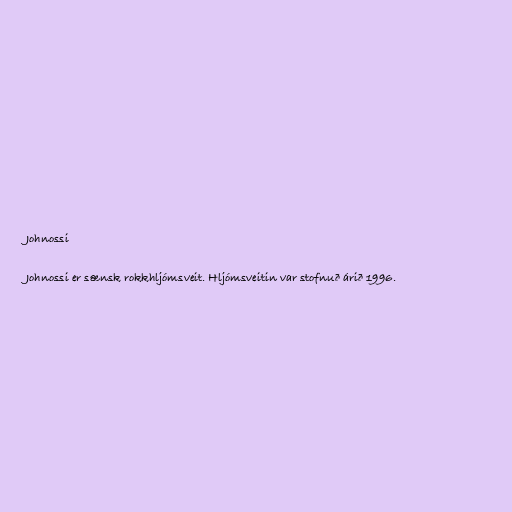
Johnossi

Johnossi er sænsk rokkhljómsveit. Hljómsveitin var stofnuð árið 1996.